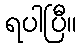
ရပါပြီ။